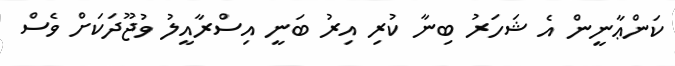
ކަންޢާނީން އެ ޝަހަރު ބިނާ ކުރި އިރު ބަނީ އިސްރާއީލު ވުޖޫދަކަށް ވެސް